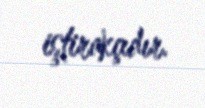
iştirakçıdır.